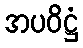
အပဝိဋ္ဌံ